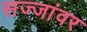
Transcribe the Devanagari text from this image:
सज्जांवर